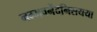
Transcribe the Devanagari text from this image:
नम्मवनेंदनिसयया